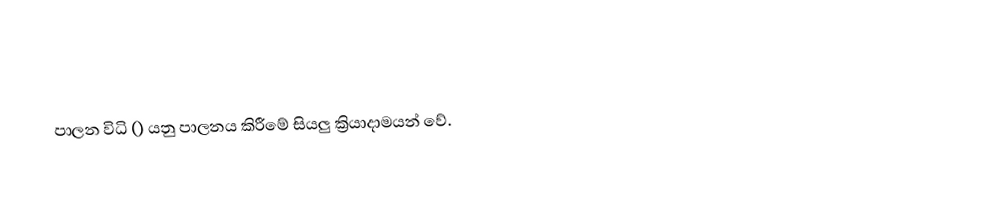
පාලන විධි () යනු පාලනය කිරීමේ සියලු ක්‍රියාදාමයන් වේ.